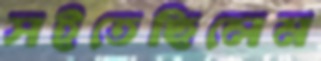
সইতেছিলেম